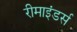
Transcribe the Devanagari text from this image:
रीमाइंडर्स